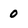
Character: 0